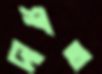
দাশত